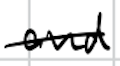
Text: and
Cross-out: single-line
Writing tool: digital_black